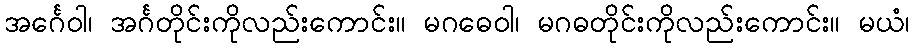
အင်္ဂေဝါ၊ အင်္ဂတိုင်းကိုလည်းကောင်း။ မဂဓေဝါ၊ မဂဓတိုင်းကိုလည်းကောင်း။ မယံ၊